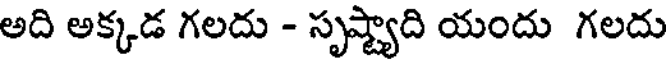
అది అక్కడ గలదు - సృష్ట్యాది యందు గలదు